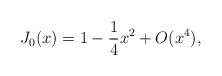
\begin{align*}J_0(x)=1-\frac{1}{4}x^2+O(x^4),\end{align*}